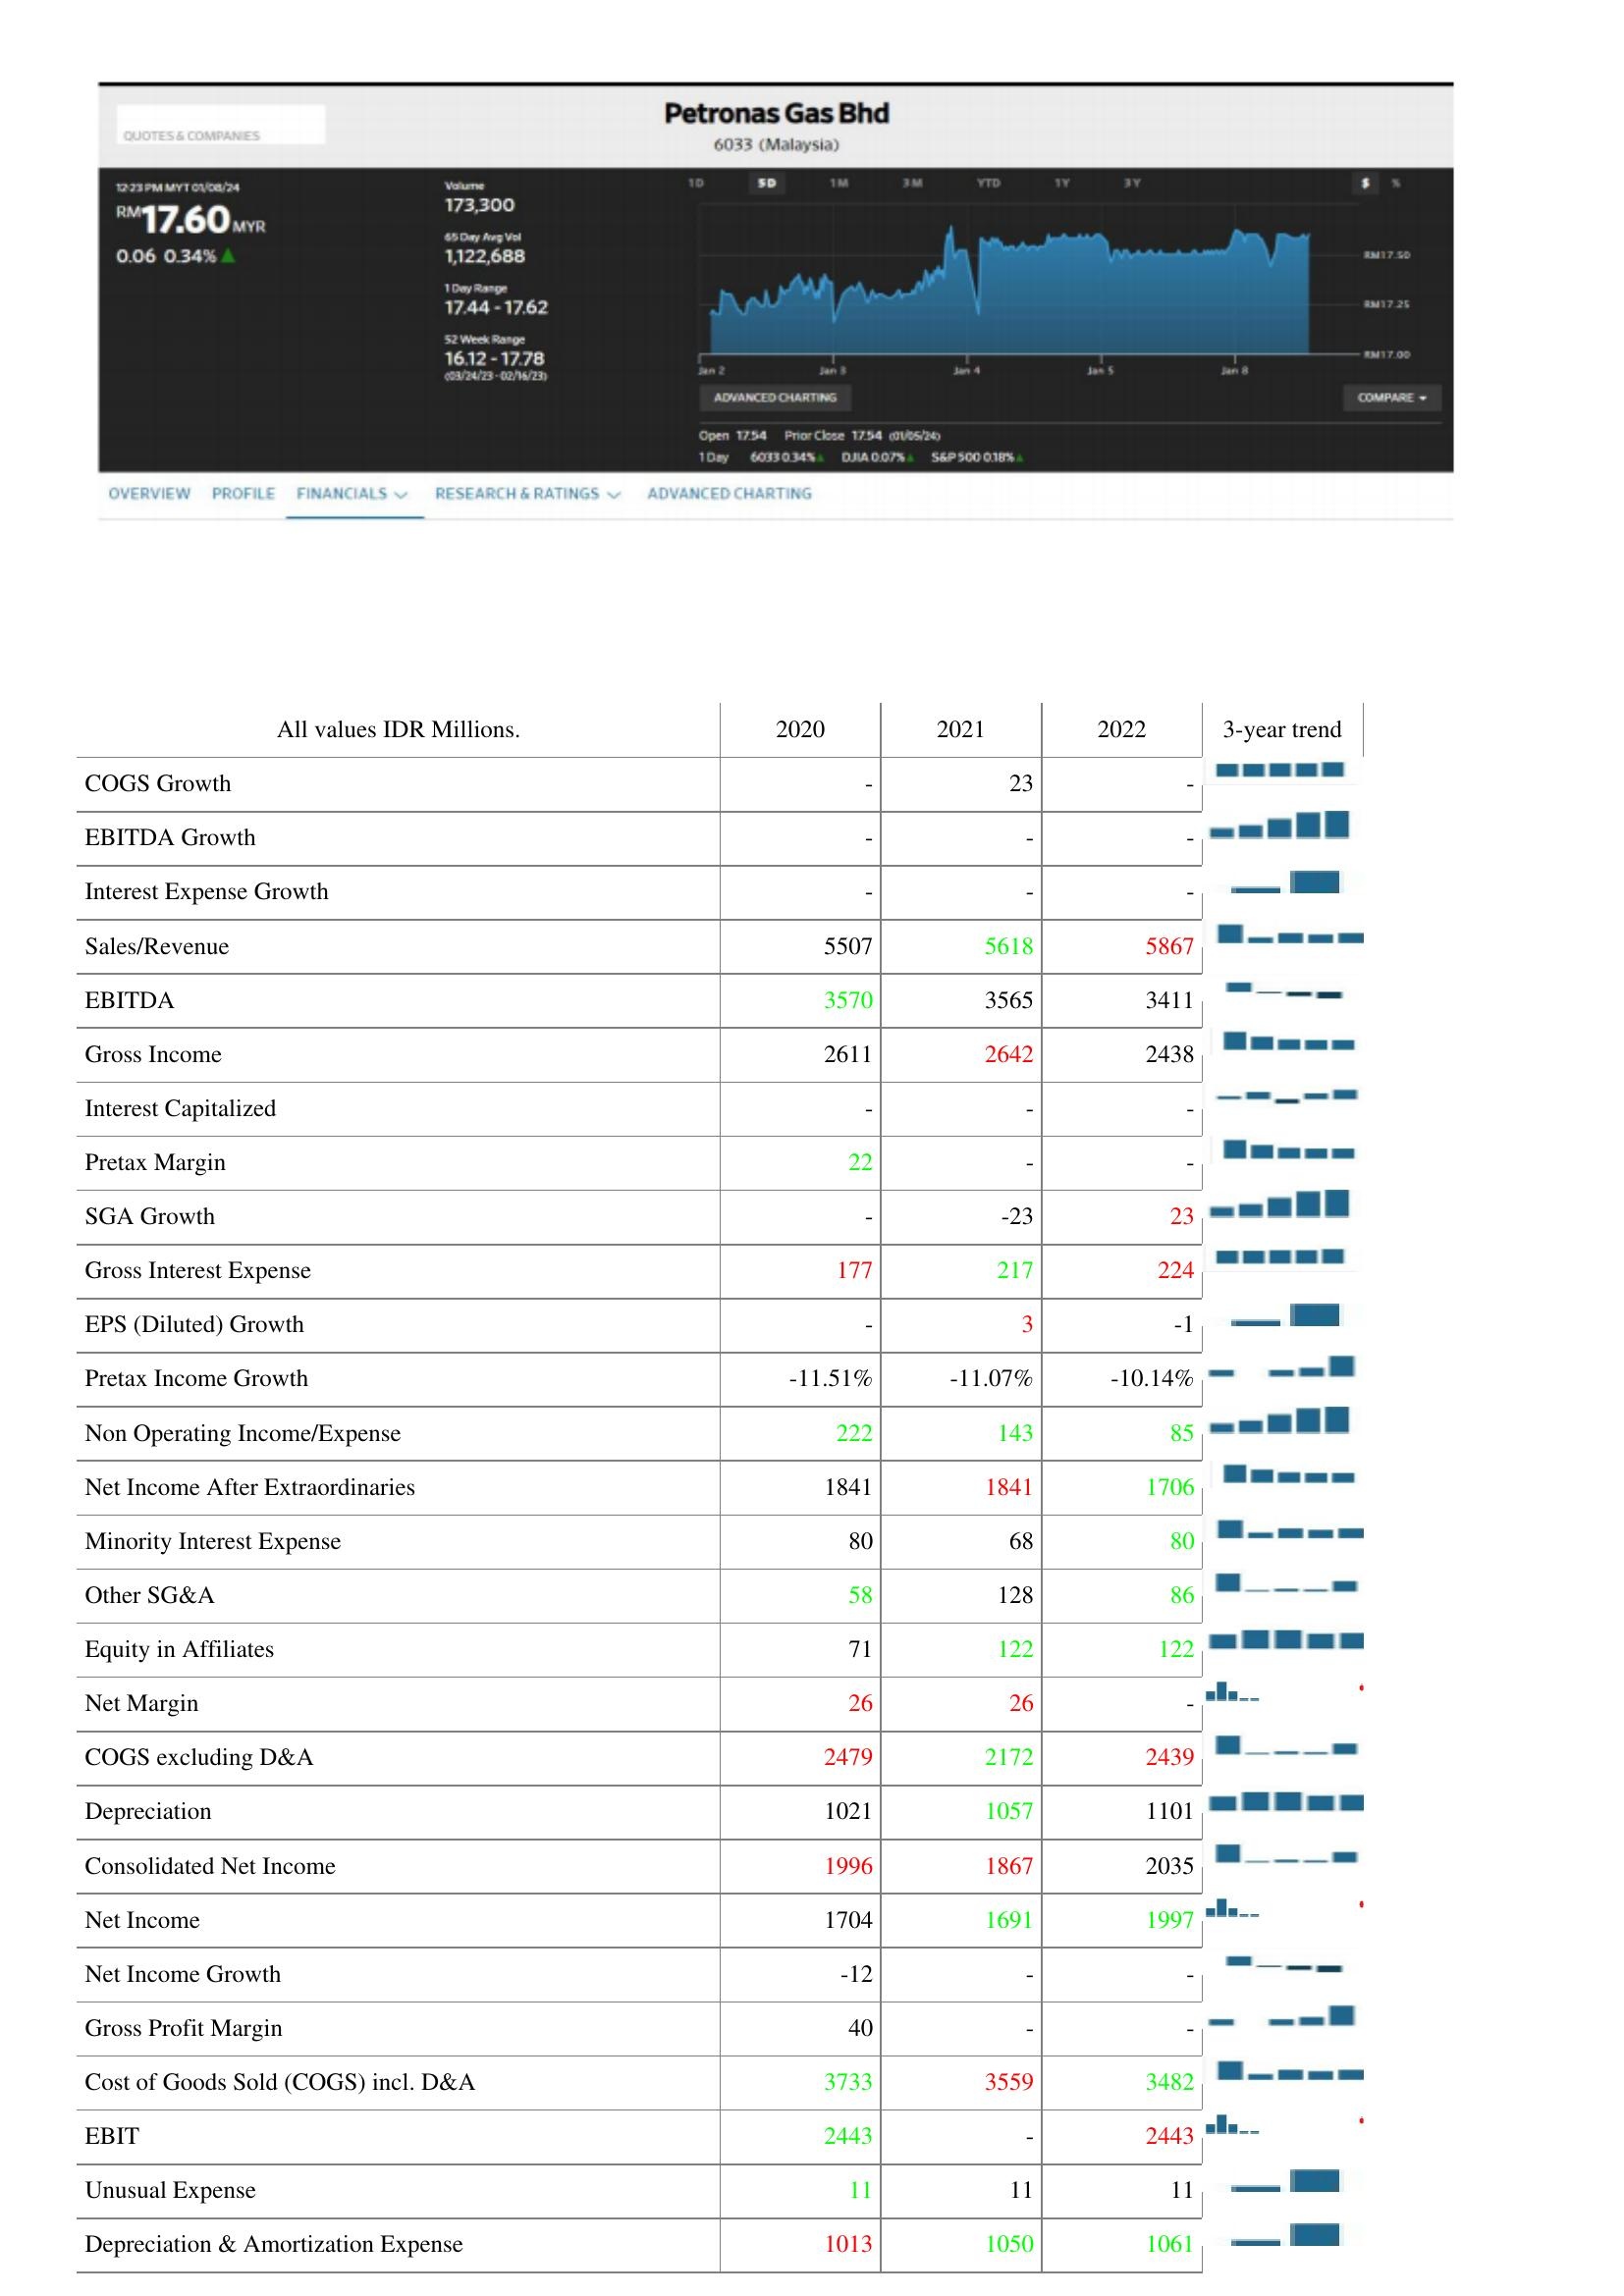
2020: : COGS Growth: -
EBITDA Growth: -
Interest Expense Growth: -
Sales/Revenue: 5507
EBITDA: 3570
Gross Income: 2611
Interest Capitalized: -
Pretax Margin: 22
SGA Growth: -
Gross Interest Expense: 177
EPS (Diluted) Growth: -
Pretax Income Growth: -11.51%
Non Operating Income/Expense: 222
Net Income After Extraordinaries: 1841
Minority Interest Expense: 80
Other SG&A: 58
Equity in Affiliates: 71
Net Margin: 26
COGS excluding D&A: 2479
Depreciation: 1021
Consolidated Net Income: 1996
Net Income: 1704
Net Income Growth: -12
Gross Profit Margin: 40
Cost of Goods Sold (COGS) incl. D&A: 3733
EBIT: 2443
Unusual Expense: 11
Depreciation & Amortization Expense: 1013
2021: : COGS Growth: 23
EBITDA Growth: -
Interest Expense Growth: -
Sales/Revenue: 5618
EBITDA: 3565
Gross Income: 2642
Interest Capitalized: -
Pretax Margin: -
SGA Growth: -23
Gross Interest Expense: 217
EPS (Diluted) Growth: 3
Pretax Income Growth: -11.07%
Non Operating Income/Expense: 143
Net Income After Extraordinaries: 1841
Minority Interest Expense: 68
Other SG&A: 128
Equity in Affiliates: 122
Net Margin: 26
COGS excluding D&A: 2172
Depreciation: 1057
Consolidated Net Income: 1867
Net Income: 1691
Net Income Growth: -
Gross Profit Margin: -
Cost of Goods Sold (COGS) incl. D&A: 3559
EBIT: -
Unusual Expense: 11
Depreciation & Amortization Expense: 1050
2022: : COGS Growth: -
EBITDA Growth: -
Interest Expense Growth: -
Sales/Revenue: 5867
EBITDA: 3411
Gross Income: 2438
Interest Capitalized: -
Pretax Margin: -
SGA Growth: 23
Gross Interest Expense: 224
EPS (Diluted) Growth: -1
Pretax Income Growth: -10.14%
Non Operating Income/Expense: 85
Net Income After Extraordinaries: 1706
Minority Interest Expense: 80
Other SG&A: 86
Equity in Affiliates: 122
Net Margin: -
COGS excluding D&A: 2439
Depreciation: 1101
Consolidated Net Income: 2035
Net Income: 1997
Net Income Growth: -
Gross Profit Margin: -
Cost of Goods Sold (COGS) incl. D&A: 3482
EBIT: 2443
Unusual Expense: 11
Depreciation & Amortization Expense: 1061